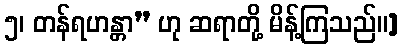
၅၊ တန်ရဟန္တာ” ဟု ဆရာတို့ မိန့်ကြသည်။]